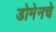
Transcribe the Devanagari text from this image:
डोमेनचे